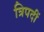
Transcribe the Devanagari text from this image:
त्रिपदीं